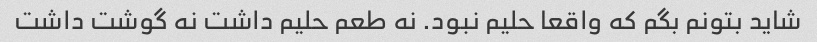
شاید بتونم بگم که واقعا حلیم نبود. نه طعم حلیم داشت نه گوشت داشت